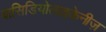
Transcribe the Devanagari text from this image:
बासिडियोलाइकेनीज़